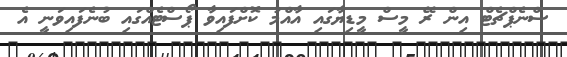
ސްނެޕްޗެޓް އިން ރޭ މީސް މީޑިޔާގައި އާއްމު ކޮށްފައިވާ ޕޯސްޓެއްގައި ބުނެފައިވަނީ އެ